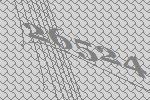
26524